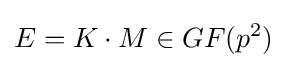
E=K\cdot M\in GF(p^{2})